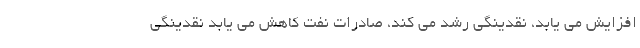
افزایش می یابد، نقدینگی رشد می کند، صادرات نفت کاهش می یابد نقدینگی